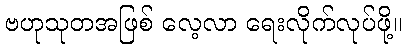
ဗဟုသုတအဖြစ် လေ့လာ ရေးလိုက်လုပ်ဖို့။